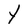
Character: Y